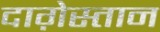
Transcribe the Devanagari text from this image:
दाग़ेस्तान